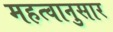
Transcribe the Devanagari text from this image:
महत्वानुसार